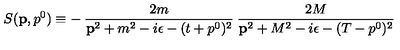
S ( { \bf p } , p ^ { 0 } ) \equiv - \: \frac { 2 m } { { \bf p } ^ { 2 } + m ^ { 2 } - i \epsilon - ( t + p ^ { 0 } ) ^ { 2 } } \: \frac { 2 M } { { \bf p } ^ { 2 } + M ^ { 2 } - i \epsilon - ( T - p ^ { 0 } ) ^ { 2 } }